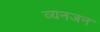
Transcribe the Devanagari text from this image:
व्यनजन